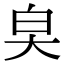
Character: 㚖